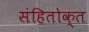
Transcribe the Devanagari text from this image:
संहितोक्त